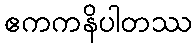
ဧကကနိပါတဿ